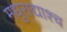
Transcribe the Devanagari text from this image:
मधुराद्याश्च